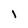
Character: l